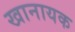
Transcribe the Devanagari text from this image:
खानायक